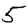
Digit: 5